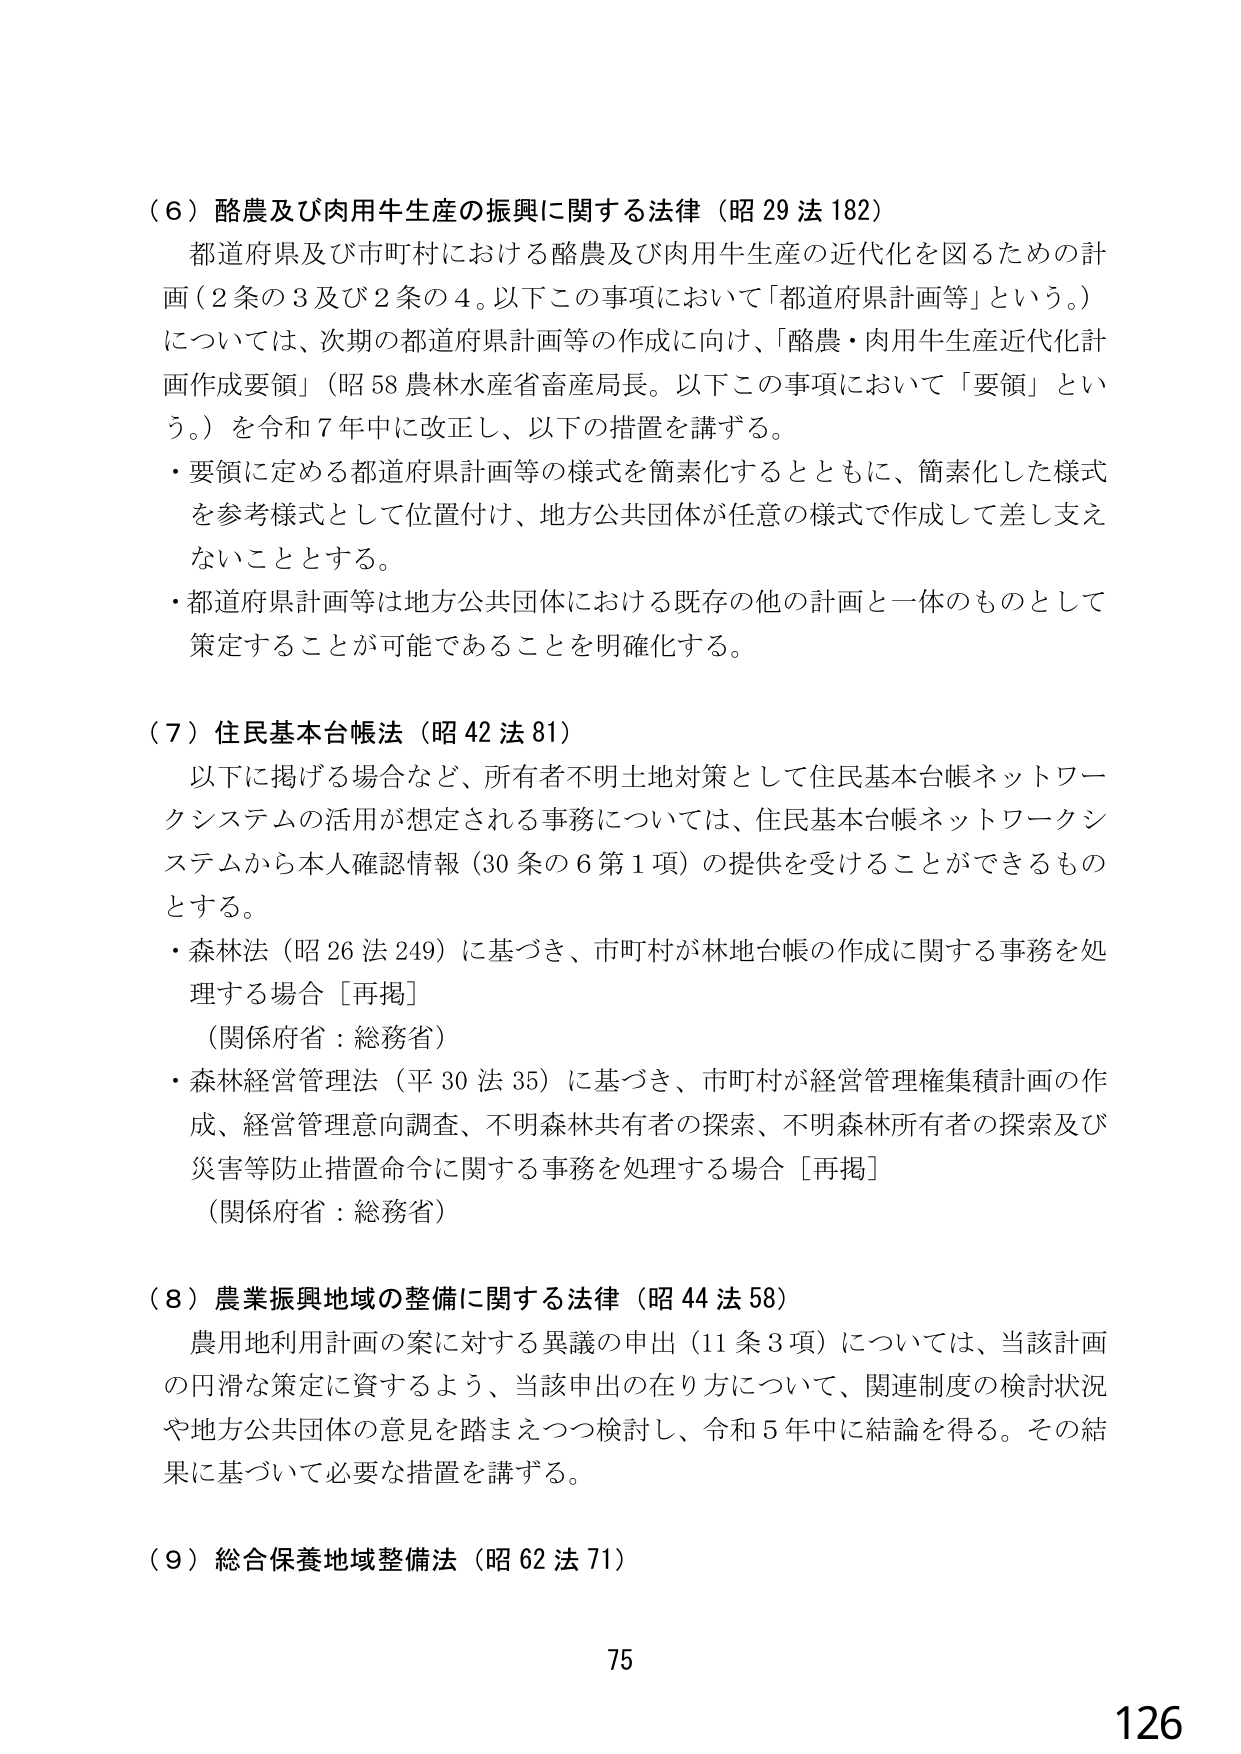
（６）酪農及び肉用牛生産の振興に関する法律（昭29法182）
都道府県及び市町村における酪農及び肉用牛生産の近代化を図るための計画（2条の3及び2条の4。以下この事項において「都道府県計画等」という。）については、次期の都道府県計画等の作成に向け、「酪農・肉用牛生産近代化計画作成要領」（昭58農林水産省畜産局長。以下この事項において「要領」という。）を令和7年中に改正し、以下の措置を講ずる。
・要領に定める都道府県計画等の様式を簡素化するとともに、簡素化した様式を参考様式として位置付け、地方公共団体が任意の様式で作成して差し支えないこととする。
・都道府県計画等は地方公共団体における既存の他の計画と一体のものとして策定することが可能であることを明確化する。

（７）住民基本台帳法（昭42法81）
以下に掲げる場合など、所有者不明土地対策として住民基本台帳ネットワークシステムの活用が想定される事務については、住民基本台帳ネットワークシステムから本人確認情報（30条の6第1項）の提供を受けることができるものとする。
・森林法（昭26法249）に基づき、市町村が林地台帳の作成に関する事務を処理する場合［再掲］
（関係府省：総務省）
・森林経営管理法（平30法35）に基づき、市町村が経営管理権集積計画の作成、経営管理意向調査、不明森林共有者の探索、不明森林所有者の探索及び災害等防止措置命令に関する事務を処理する場合［再掲］
（関係府省：総務省）

（８）農業振興地域の整備に関する法律（昭44法58）
農用地利用計画の案に対する異議の申出（11条3項）については、当該計画の円滑な策定に資するよう、当該申出の在り方について、関連制度の検討状況や地方公共団体の意見を踏まえつつ検討し、令和5年中に結論を得る。その結果に基づいて必要な措置を講ずる。

（９）総合保養地域整備法（昭62法71）

75
126